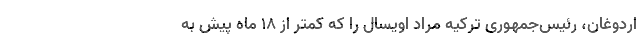
اردوغان، رئیس‌جمهوری ترکیه مراد اویسال را که کمتر از ۱۸ ماه پیش به